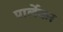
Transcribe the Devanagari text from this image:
पार्लेकर